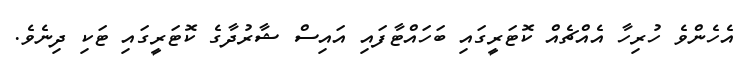
އެހެންވެ ހުރިހާ އެއްޗެއް ކޮޓަރީގައި ބަހައްޓާފައި އައިސް ޝާރުދާގެ ކޮޓަރީގައި ޓަކި ދިނެވެ.